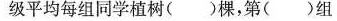
级平均每组同学植树( )棵，第( )组